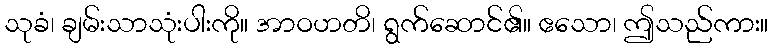
သုခံ၊ ချမ်းသာသုံးပါးကို။ အာဝဟတိ၊ ရွက်ဆောင်၏။ ဧသော၊ ဤသည်ကား။